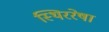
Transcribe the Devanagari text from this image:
स्थिररेषा